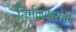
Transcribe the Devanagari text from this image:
निर्मलकरांची